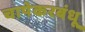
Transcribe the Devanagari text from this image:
चापेकरबंधू